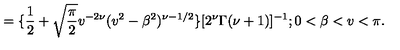
= \{ \frac { 1 } { 2 } + \sqrt { \frac { \pi } { 2 } } v ^ { - 2 \nu } ( v ^ { 2 } - \beta ^ { 2 } ) ^ { \nu - 1 / 2 } \} [ 2 ^ { \nu } \Gamma ( \nu + 1 ) ] ^ { - 1 } ; 0 < \beta < v < \pi .